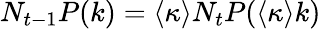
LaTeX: N_{t-1}P(k)=\langle\kappa\rangle N_{t}P(\langle\kappa\rangle k)